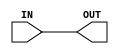
`timescale 1ns/1ps

/*
 This file contains analog / mixed signal cells, or other things that are not possible to fully model
 in behavioral Verilog.

 It also contains some stuff like oscillators that use non-synthesizeable constructs such as delays.
 TODO: do we want a third file for those cells?
 */

module GP_ABUF(input wire IN, output wire OUT);

	assign OUT = IN;

	//must be 1, 5, 20, 50
	//values >1 only available with Vdd > 2.7V
	parameter BANDWIDTH_KHZ = 1;

endmodule

module GP_ACMP(input wire PWREN, input wire VIN, input wire VREF, output reg OUT);

	parameter BANDWIDTH = "HIGH";
	parameter VIN_ATTEN = 1;
	parameter VIN_ISRC_EN = 0;
	parameter HYSTERESIS = 0;

	initial OUT = 0;

endmodule

module GP_BANDGAP(output reg OK);
	parameter AUTO_PWRDN = 1;
	parameter CHOPPER_EN = 1;
	parameter OUT_DELAY = 100;

endmodule

module GP_DAC(input[7:0] DIN, input wire VREF, output reg VOUT);

	initial VOUT = 0;

	//analog hard IP is not supported for simulation

endmodule

module GP_LFOSC(input PWRDN, output reg CLKOUT);

	parameter PWRDN_EN = 0;
	parameter AUTO_PWRDN = 0;
	parameter OUT_DIV = 1;

	initial CLKOUT = 0;

	//auto powerdown not implemented for simulation
	//output dividers not implemented for simulation

	always begin
		if(PWRDN)
			CLKOUT = 0;
		else begin
			//half period of 1730 Hz
			#289017;
			CLKOUT = ~CLKOUT;
		end
	end

endmodule

module GP_PGA(input wire VIN_P, input wire VIN_N, input wire VIN_SEL, output reg VOUT);

	parameter GAIN = 1;
	parameter INPUT_MODE = "SINGLE";

	initial VOUT = 0;

	//cannot simulate mixed signal IP

endmodule

module GP_PWRDET(output reg VDD_LOW);
	initial VDD_LOW = 0;
endmodule

module GP_VREF(input VIN, output reg VOUT);
	parameter VIN_DIV = 1;
	parameter VREF = 0;
	//cannot simulate mixed signal IP
endmodule

module GP_POR(output reg RST_DONE);
	parameter POR_TIME = 500;

	initial begin
		RST_DONE = 0;

		if(POR_TIME == 4)
			#4000;
		else if(POR_TIME == 500)
			#500000;
		else begin
			$display("ERROR: bad POR_TIME for GP_POR cell");
			$finish;
		end

		RST_DONE = 1;

	end

endmodule